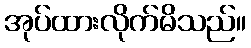
အုပ်ထားလိုက်မိသည်။